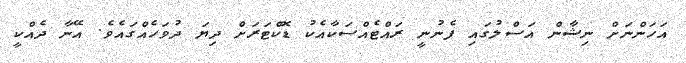
އަހަންނަށް ނިޝާން އަސްލުގައި ފެނުނީ ރައްޓެއްސަކާއެކު ޑޮކްޓަރަށް ދިޔަ ދުވަހެއްގައެވެ. އޭނާ ދެއްކީ